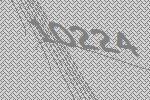
10224